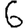
Digit: 6